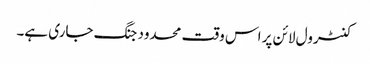
کنٹرول لائن پر اس وقت محدود جنگ جاری ہے۔